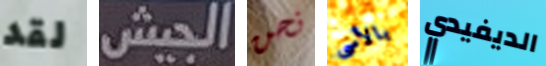
لقد الجيش نحن بالأسى الديفيدي